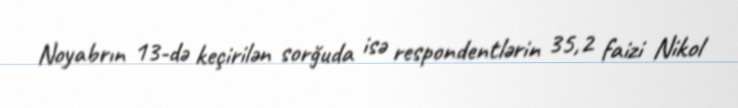
Noyabrın 13-də keçirilən sorğuda isə respondentlərin 35,2 faizi Nikol